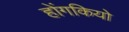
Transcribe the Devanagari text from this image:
होंगकियो